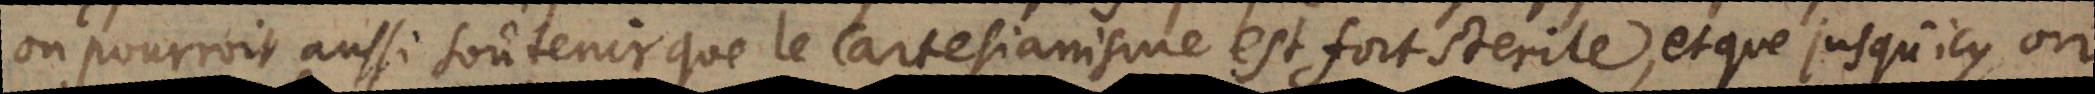
on pourroit aussi soûtenir que le Cartesianisme est fort sterile, et que jusqu’icy on